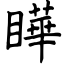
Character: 瞱